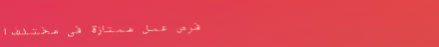
فرص عمل ممتازة في مختلف ا